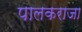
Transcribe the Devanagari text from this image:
पालकराजा